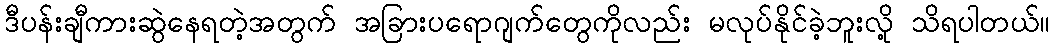
ဒီပန်းချီကားဆွဲနေရတဲ့အတွက် အခြားပရောဂျက်တွေကိုလည်း မလုပ်နိုင်ခဲ့ဘူးလို့ သိရပါတယ်။